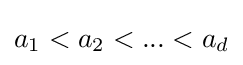
a_{1}<a_{2}<...<a_{d}